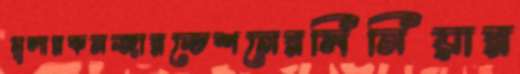
মূলারকনজারভেশনেরসিনিয়ার